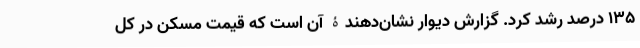
۱۳۵ درصد رشد کرد. گزارش دیوار نشان‌دهندۀ آن است که قیمت مسکن در کل